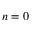
n = 0